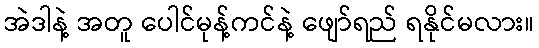
အဲဒါနဲ့ အတူ ပေါင်မုန့်ကင်နဲ့ ဖျော်ရည် ရနိုင်မလား။